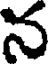
న